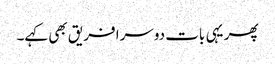
پھر یہی بات دوسرا فریق بھی کہے۔